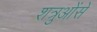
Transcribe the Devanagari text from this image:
शत्रुओंसे